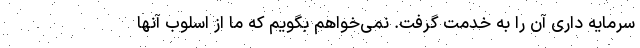
سرمایه داری آن را به خدمت گرفت. نمی‌خواهم بگویم که ما از اسلوب آنها